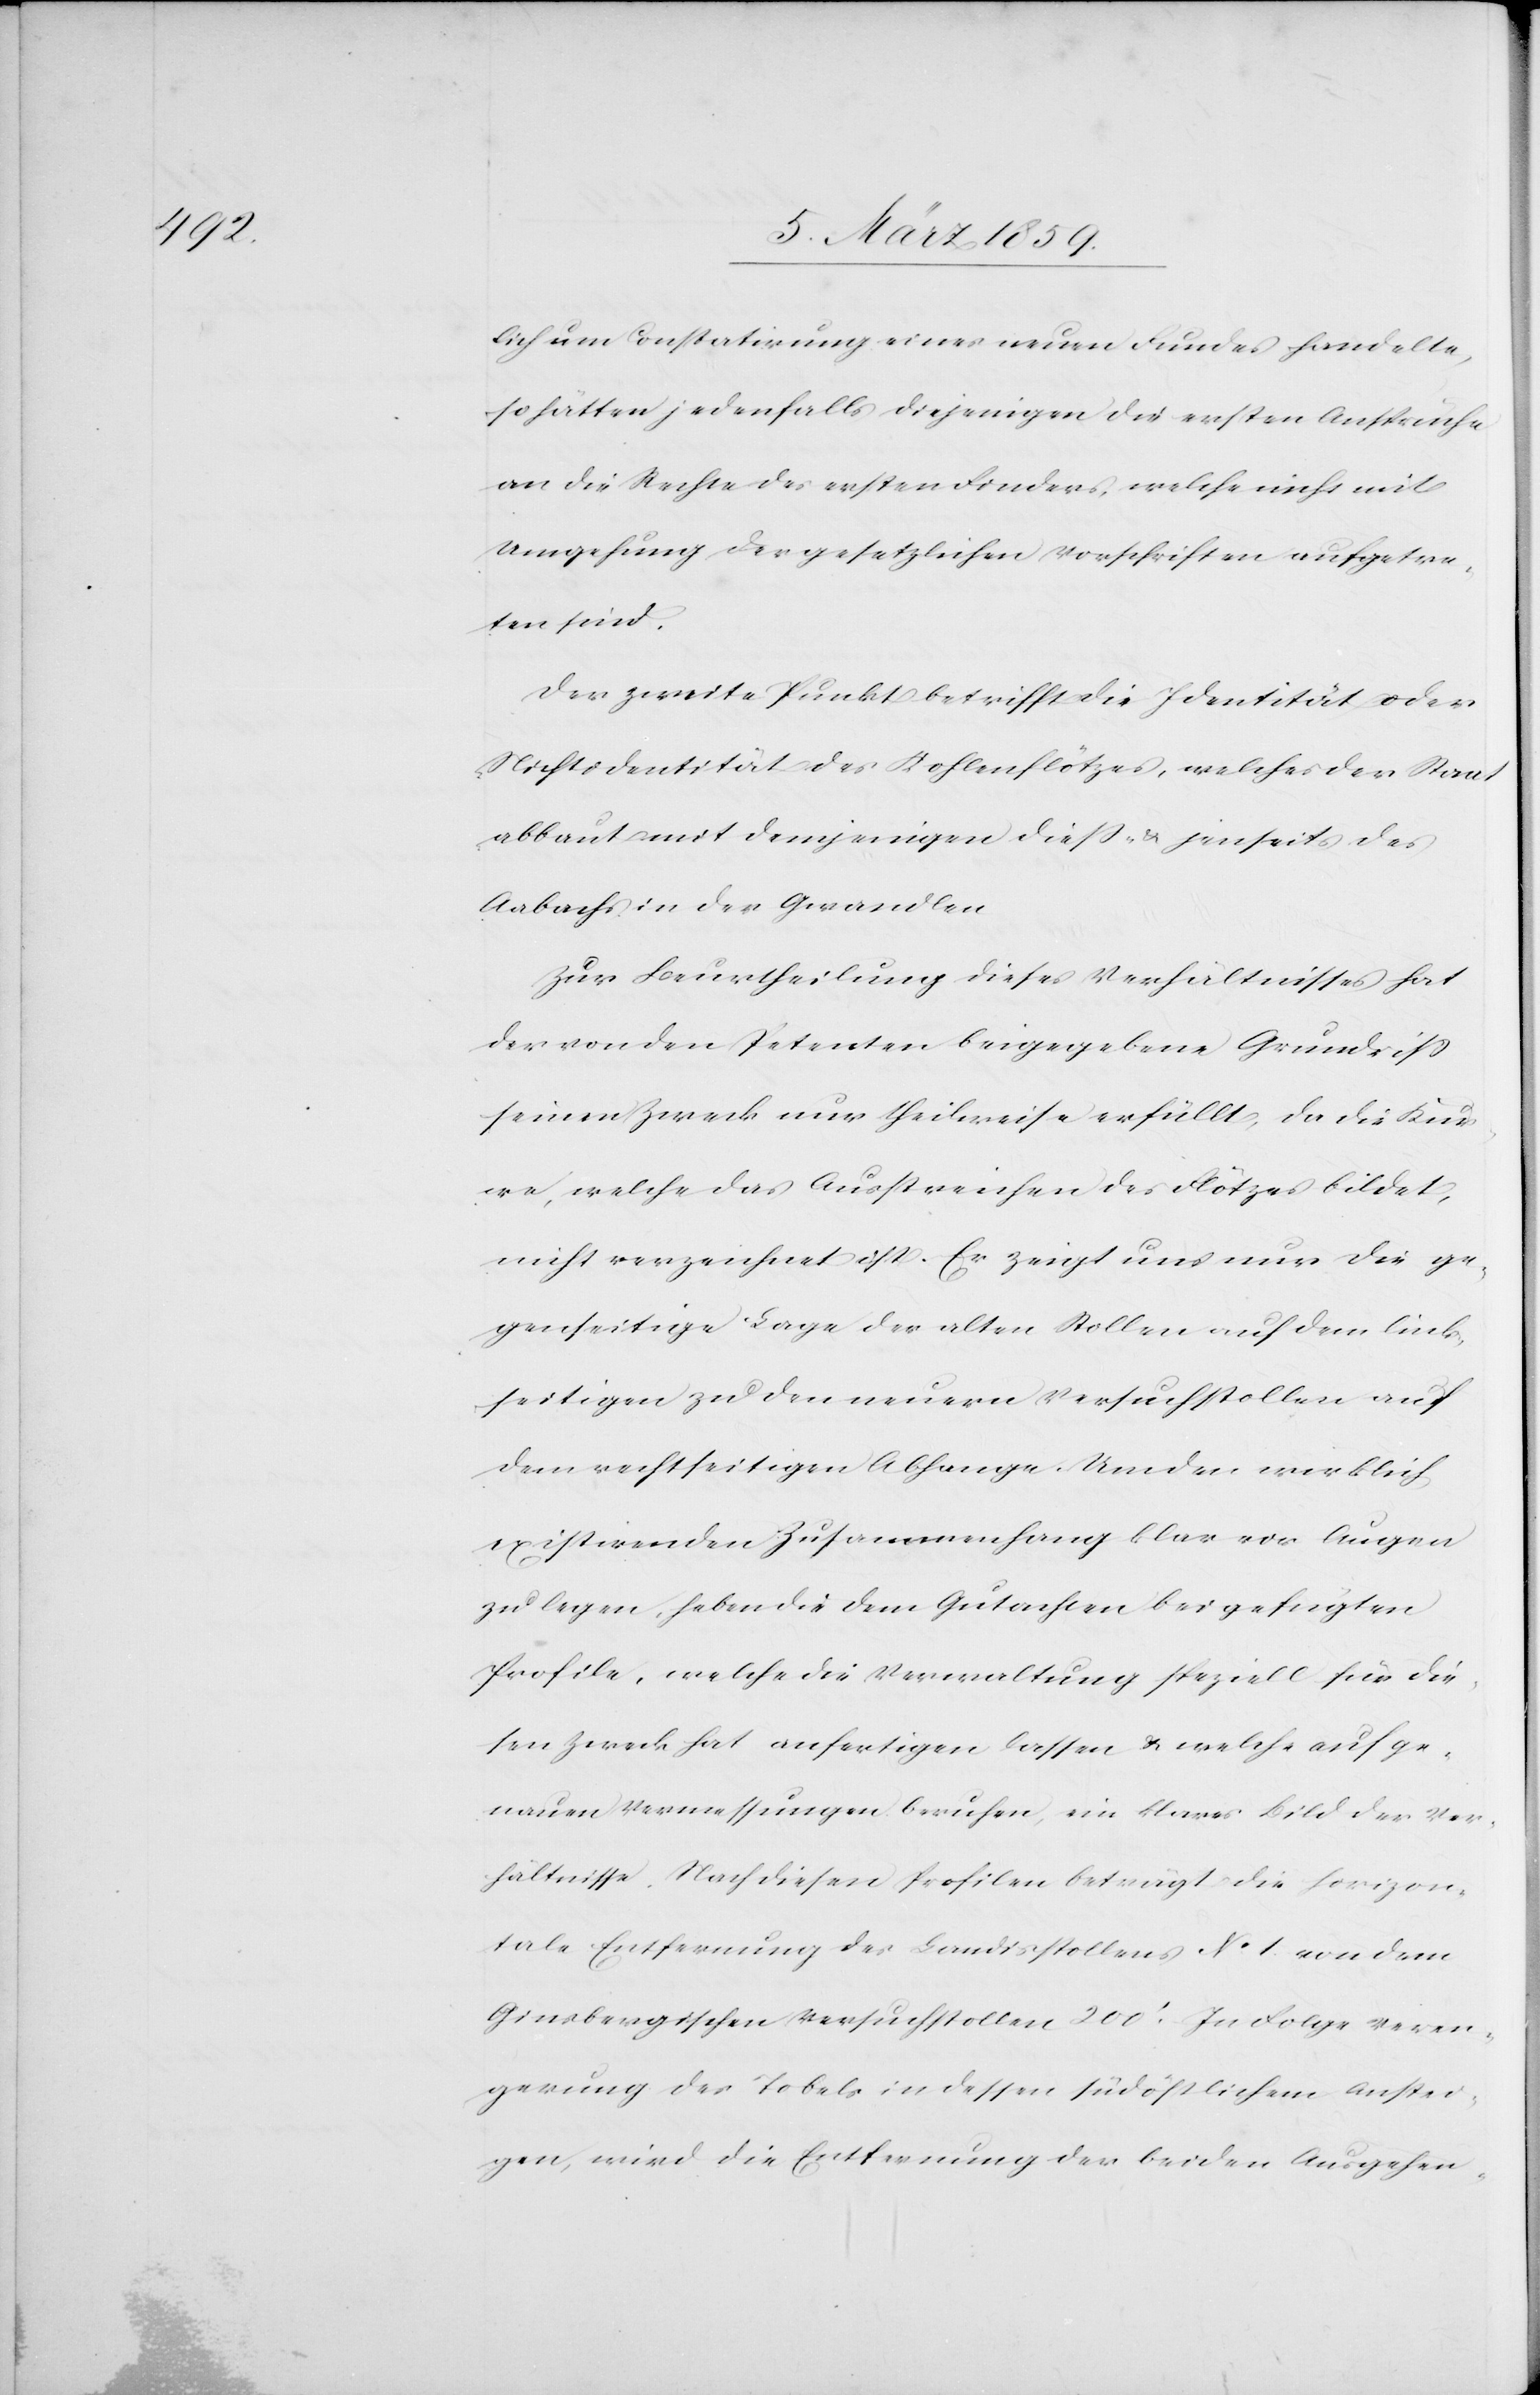
lich um Constatirung eines neuen Fundes handelte,
so hätten jedenfalls diejenigen die ersten Ansprüche
an die Rechte des ersten Finders, welche nicht mit
Umgehung der gesetzlichen Vorschriften aufgetre¬
ten sind.
Der zweite Punkt betrifft die Identität oder
Nichtidentität des Kohlenflötzes, welches der Staat
abbaut mit demjenigen dieß- u. jenseits des
Aabachs der Gwandlen.
Zur Beurtheilung dieses Verhältnisses hat
der von den Petenten beigegebene Grundriß
seinen Zweck nur theilweise erfüllt, da die Kur¬
we, welche das Ausstreichen des Flötzes bildet,
nicht verzeichnet ist. Er zeigt uns nur die ge¬
genseitige Lage der alten Stollen auf dem links¬
seitigen zu den neuern Versuchstollen auf
dem rechtseitigen Abhange. Um den wirklich
existirenden Zusammenhang klar vor Augen
zu legen, haben die dem Gutachten beigefügten
Profile, welche die Verwaltung speziell für die¬
sen Zweck hat anfertigen lassen u. solche auf ge¬
nauen Vermessungen beruhen, ein klares Bild der Ver¬
hältnisse. Nach diesen Profilen beträgt die horizon¬
tale Entfernung des Landisstollens No. 1. von dem
Ginsbergischen Versuchstollen 200‘. In Folge Veren¬
gerung des Tobels in dessen südöstlichem Anstei¬
gen, wird die Entfernung der beiden Ausgehen-